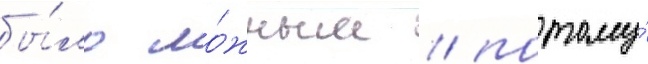
бы́ло ло́жным / потому́